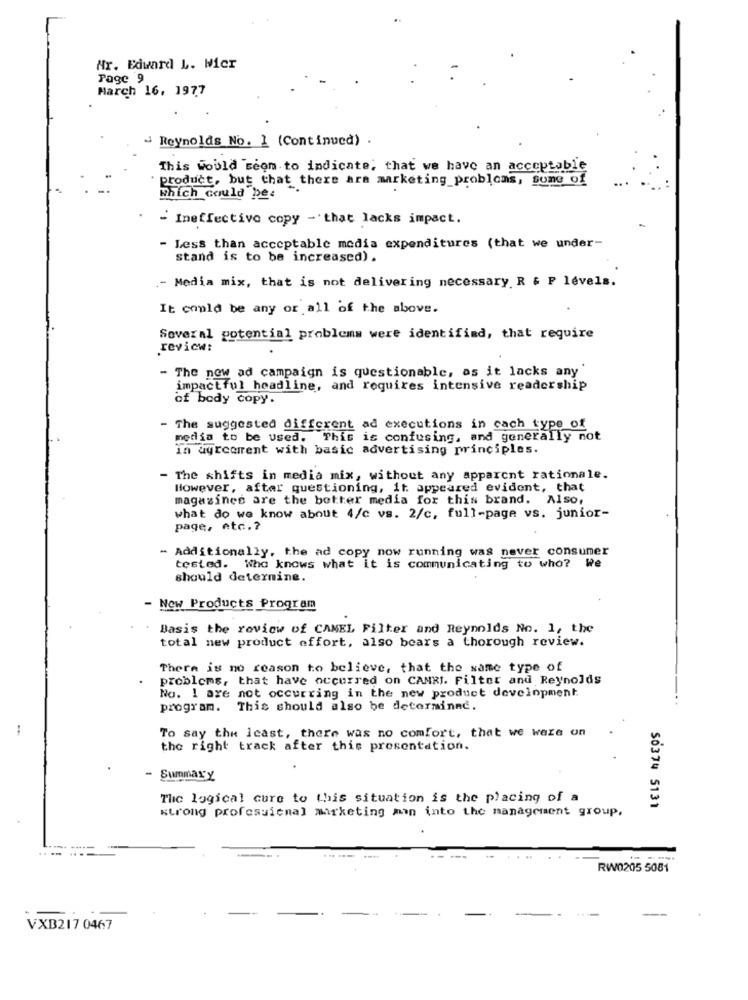
Hr. Edward L. Mier
Page 9
March 16, 1977
Reynolds No. ] (Continued) .
This would seem to indicate, that we have an acceptable
product, but that there are marketing_problems, some of
Which could bee
- Ineffective copy - that lacks impact.
- Less than acceptable media expenditures (that we under-
stand is to be increased) .
.- Media mix, that is not delivering necessary R & P levels.
It could be any or all of the above.
Several potential problems were identified, that require
review:
- The new ad campaign is questionable, as it lacks any
impactful headline, and requires intensive readership
of body copy.
- The suggested different ad executions in cach type of
media to be used. This is confusing, and generally not
in agreement with basic advertising principles.
The shifts in media mix, without any apparent rationale.
However, after questioning, it appeared evident, that
magazines are the better media for this brand. Also,
what do we know about 4/c vs. 2/c, full-page vs. junior-
page, etc .?
- Additionally, the ad copy now running was never consumer
tested. Who knows what it is communicating to who? We
should determine.
New Products Program
Basis the roviow of CAMEL Filter and Reynolds No. 1, the
total new product effort, also bears a thorough review.
There is no reason to believe, that the same type of
problems, that have occurred on CANRI. Filter and Reynolds
No. 1 are not occurring in the new product development.
...
program. This should also be determined.
:
To say the least, there was no comfort, that we were on
the right track after this presentation.
- Summary
The logical cure to this situation is the placing of a
strong professional marketing man into the management group.
50374 5131
RW0205 5081
VXB217 0467